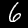
Label: 6